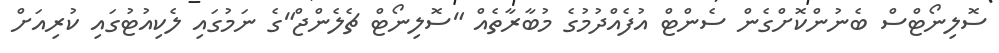
ސޮލިނޯޓްސް ބެނުންކޮށްގެން ސެންޓް އުފެއްދުމުގެ މުބާރާތެއް "ސޮލިނޯޓް ޗެލެންޖް"ގެ ނަމުގައި ލެކިއުޓުގައި ކުރިއަށް